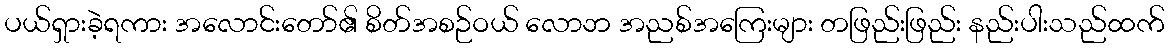
ပယ်ရှားခဲ့ရကား အလောင်းတော်၏ စိတ်အစဉ်ဝယ် လောဘ အညစ်အကြေးများ တဖြည်းဖြည်း နည်းပါးသည်ထက်